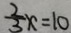
\frac { 2 } { 3 } x = 1 0